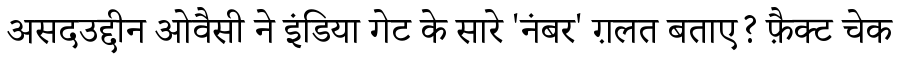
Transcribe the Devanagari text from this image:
असदउद्दीन ओवैसी ने इंडिया गेट के सारे 'नंबर' ग़लत बताए? फ़ैक्ट चेक